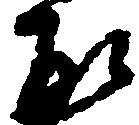
形